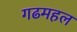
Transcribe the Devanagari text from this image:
गढमहल